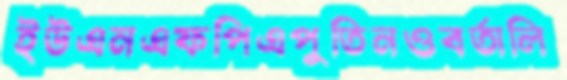
ইউএনএফপিএপুতিনওবর্তালি